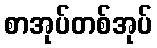
စာအုပ်တစ်အုပ်